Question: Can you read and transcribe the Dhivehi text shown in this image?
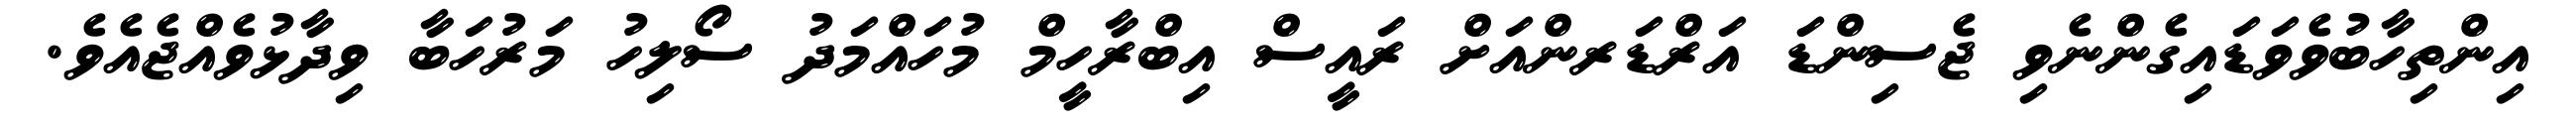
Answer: އިންތިހާބުވެވަޑައިގެންނެވި ޖެސިންޑަ އަރްޑަރންއަށް ރައީސް އިބްރާހީމް މުހައްމަދު ސޯލިހު މަރުހަބާ ވިދާޅުވެއްޖެއެވެ.